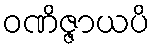
ဝဏိဇ္ဇာယပိ